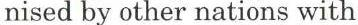
nised by other nations with